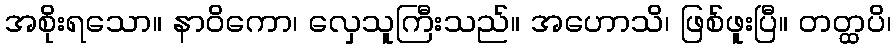
အစိုးရသော။ နာဝိကော၊ လှေသူကြီးသည်။ အဟောသိ၊ ဖြစ်ဖူးပြီ။ တတ္ထပိ၊